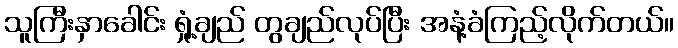
သူကြီးနှာခေါင်း ရှုံ့ချည် တွချည်လုပ်ပြီး အနံ့ခံကြည့်လိုက်တယ်။